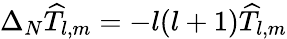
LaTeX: \Delta_{N}\widehat{T}_{l,m}=-l(l+1)\widehat{T}_{l,m}